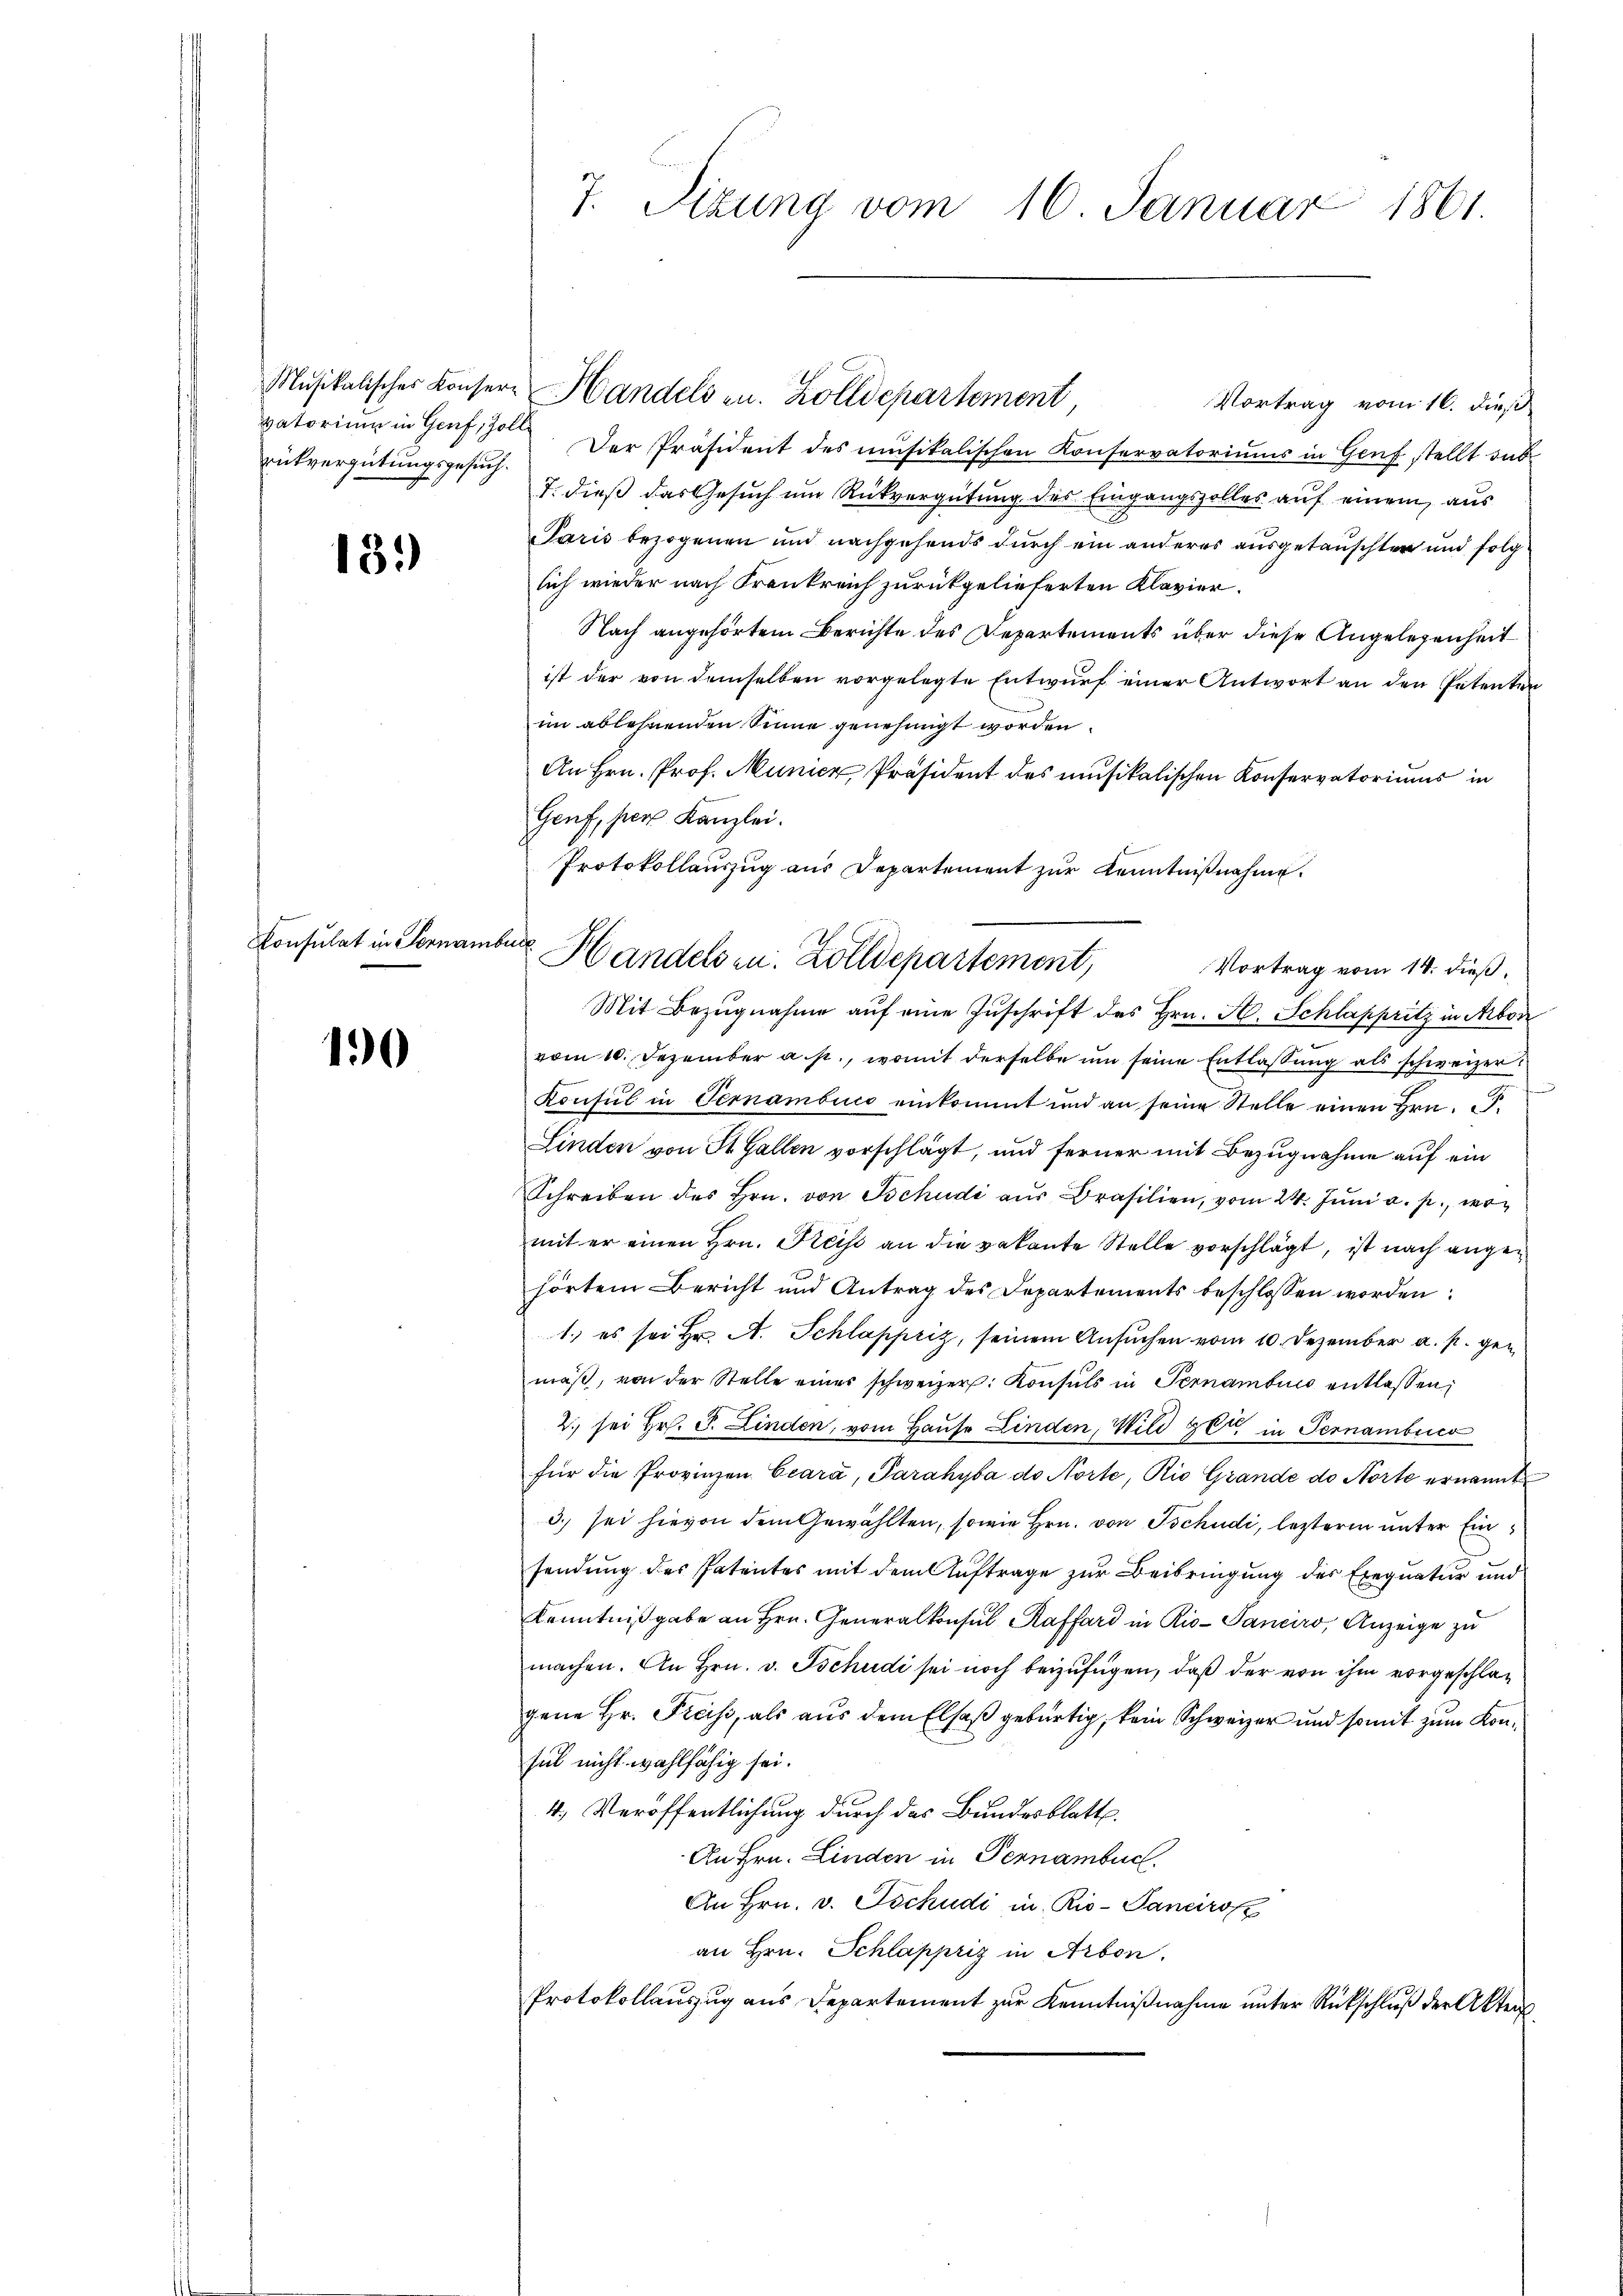
rückvergütungsgesuch.

131)

Consulat in Fornamburg

190

Vortrag vom 16. dieß
vatorium in Genf, Jos. Der Präsident des musikalischen Konservatoriums in Genf stellt dab
T. dieß das Gesuch um Rückvergütung des Eingangszolles auf einem aus
Paris bezogenen und nachgehends durch ein anderes ausgetauschter und folg
lich wieder nach Frankreich zurückgelieferten Klavier.
Nach angehörtem Berichte des Departements über diese Angelegenheit
ist der von demselben vorgelegte Entwurf einer Antwort an den Petenten
im ablehnenden Sinne genehmigt worden.
An Hrn. Prof. Munier, Präsident des musikalischen Konservatoriums in
Genf, pers Kanzlei.
Protokollauszug aus Departement zur Kenntnißnahme.
Vortrag vom 14. dieß,
Mit Bezŭgnahme aŭf eine Zŭschrift des Hrn. H. Schlappritz in Abor
vom 10. Dezember a. p., womit derselbe um seine Entlassung als schweizer¬
Konsul in Ternambuco einkommt und an seine Stelle einen Hrn. F.
Linden von St. Gallen vorschlägt, und ferner mit Bezugnahme auf ein
Schreiben des Hrn. von Tschudi aŭs Brasilien, vom 24. Jŭni a. p., womit er einen Hrn. Keise an die vakante Stelle vorschlägt, ist nach angehörten Bericht und Antrag des Departements beschlossen worden:
1. es sei Hr. A. Schlappriz, seinem Ansuchen vom 10. Dezember a. p. gen
mäß, von der Stelle einer schweizer. Konsuls in Pernambico entlassen,
2. sei Hr. J. Linden, vom Hause Linden, Wild gere in Pernamblico
für die Provinzen Ccara, Parahyba de Norte, Rio Grande de Norte ernannt
3. sei hievon dem Gewählten, sowie Hrn. von Tschudi, lezterm unter Einsendung des Patentes mit dem Auftrage zur Beibringung des Exequatur und
Kenntnißgabe an Hrn. Generalkonsul Raffard in Rio-Panciro, Anzeige zu
machen. An Hrn. v. Tschudi sei noch beizufügen, daß der von ihm vorgeschlagene Hr. Preiss, als aus dem Elsaß gebürtig, kein Schweizer und somit zum Konsel nicht wahlfähig sei.
4.) Veröffentlichung durch das Bundesblatte.
An Hrn. Linden in Pernambuch.
An Hrn. v. Tschudi in Rio-Pancirofz
an Hrn. Schlappriz in Arbon.
Protokollauszug aus Departement zur Kenntnißnahme unter Rückschluß der Aktens,

7. Sizung vom 16. Januar 1861.

Musikalischer Konsere Handels zu. Zolldepartement

Handels zu. Zolldepartement,